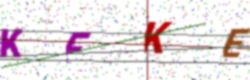
Text: KFKE